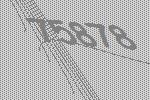
75878